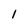
Character: 1